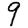
Digit: 9